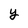
Character: y